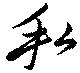
私